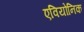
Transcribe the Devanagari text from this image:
एवियोनिक